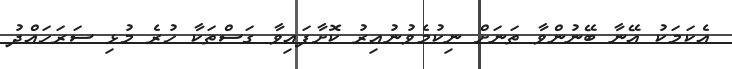
އެކަމަކު އޭނާ ބޭނުންވާ ތަނަށް ނިކުމެވުނުއިރު ކޮށާފައިވާ ގަސްތަކާ ހުރެ މުޅި ސަރަހައްދު